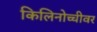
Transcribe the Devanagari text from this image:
किलिनोच्चीवर